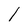
Character: l